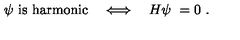
\psi \ \mathrm { i s \ h a r m o n i c } \quad \Longleftrightarrow \quad H \psi \ = 0 \ .